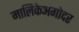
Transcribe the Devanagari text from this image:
मालिकेअगोदर